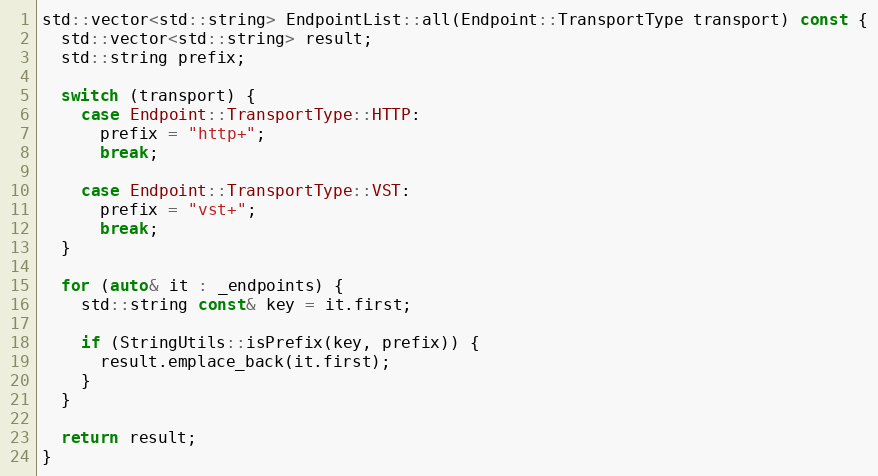
Language: C++
std::vector<std::string> EndpointList::all(Endpoint::TransportType transport) const {
  std::vector<std::string> result;
  std::string prefix;

  switch (transport) {
    case Endpoint::TransportType::HTTP:
      prefix = "http+";
      break;

    case Endpoint::TransportType::VST:
      prefix = "vst+";
      break;
  }

  for (auto& it : _endpoints) {
    std::string const& key = it.first;

    if (StringUtils::isPrefix(key, prefix)) {
      result.emplace_back(it.first);
    }
  }

  return result;
}